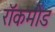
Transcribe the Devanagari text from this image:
रॉकमोंड